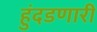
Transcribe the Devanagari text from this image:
हुंदडणारी